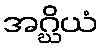
အဂ္ဃိယံ